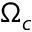
\Omega _ { c }